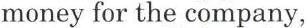
money for the company,